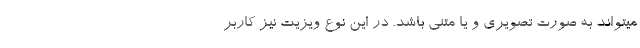
میتواند به صورت تصویری و یا متنی باشد. در این نوع ویزیت نیز کاربر